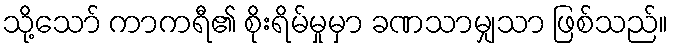
သို့သော် ကာကရီ၏ စိုးရိမ်မှုမှာ ခဏသာမျှသာ ဖြစ်သည်။